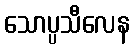
သောပ္ပသီလေန